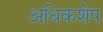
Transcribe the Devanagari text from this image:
अधिकशेप